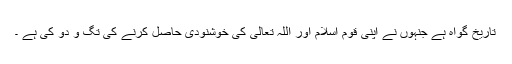
تاریخ گواہ ہے جنہوں نے اپنی قوم اسلام اور اللہ تعالیٰ کی خوشنودی حاصل کرنے کی تگ و دو کی ہے ۔